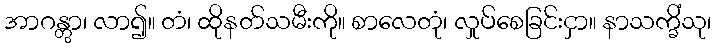
အာဂန္တွာ၊ လာ၍။ တံ၊ ထိုနတ်သမီးကို။ စာလေတုံ၊ လှုပ်စေခြင်းငှာ။ နာသက္ခိံသု၊